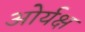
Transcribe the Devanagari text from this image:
ओर्यक्ष